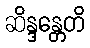
ဆိန္ဒန္တေတိ